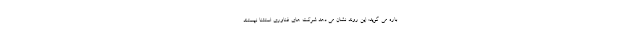
باره می گوید: این روند نشان می دهد شرکت های فناوری استثنا نیستند.